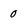
Character: 0